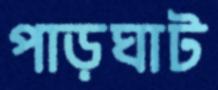
পাড়ঘাট